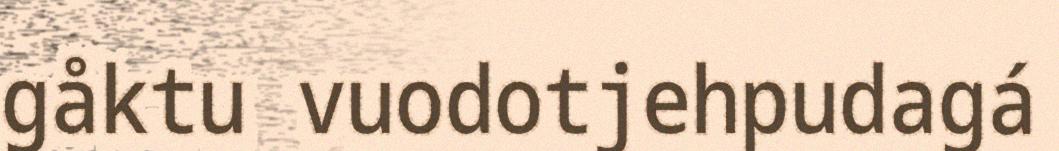
gåktu vuodotjehpudagá